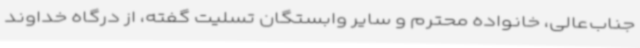
جناب‌عالی، خانواده محترم و سایر وابستگان تسلیت گفته، از درگاه خداوند